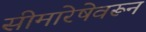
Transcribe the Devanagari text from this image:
सीमारेषेवरून